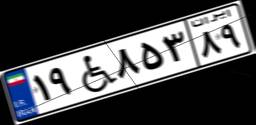
۱۹W۸۵۳۸۹